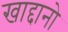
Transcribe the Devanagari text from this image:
खाद्दानो